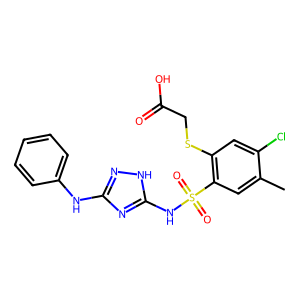
SMILES: Cc1cc(S(=O)(=O)Nc2nc(Nc3ccccc3)n[nH]2)c(SCC(=O)O)cc1Cl
Inhibits HIV replication: No